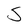
Character: S